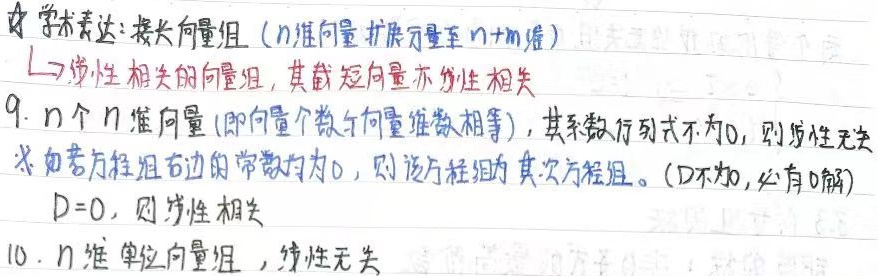
8. 学术表达：接长向量组（\(n\)维向量扩展元素至\(n + m\)维）$\to$ 线性相关的向量组，其截短向量亦线性相关。
9. \(n\)个\(n\)维向量（即向量个数与向量维数相等），若其系数行列式不为\(0\)，则线性无关。$\ast$ 如若方程组右边的常数均为\(0\)，则该方程组为齐次方程组。（\(D\)不为\(0\)，必有\(0\)解；\(D = 0\)，则线性相关）
10. \(n\)维单位向量组，线性无关。